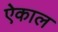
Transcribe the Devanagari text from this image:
ऐकाल